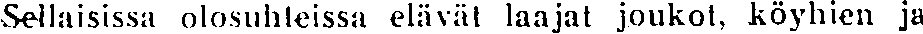
Sellaisissa olosuhteissa elävät laajat joukot, köyhien ja